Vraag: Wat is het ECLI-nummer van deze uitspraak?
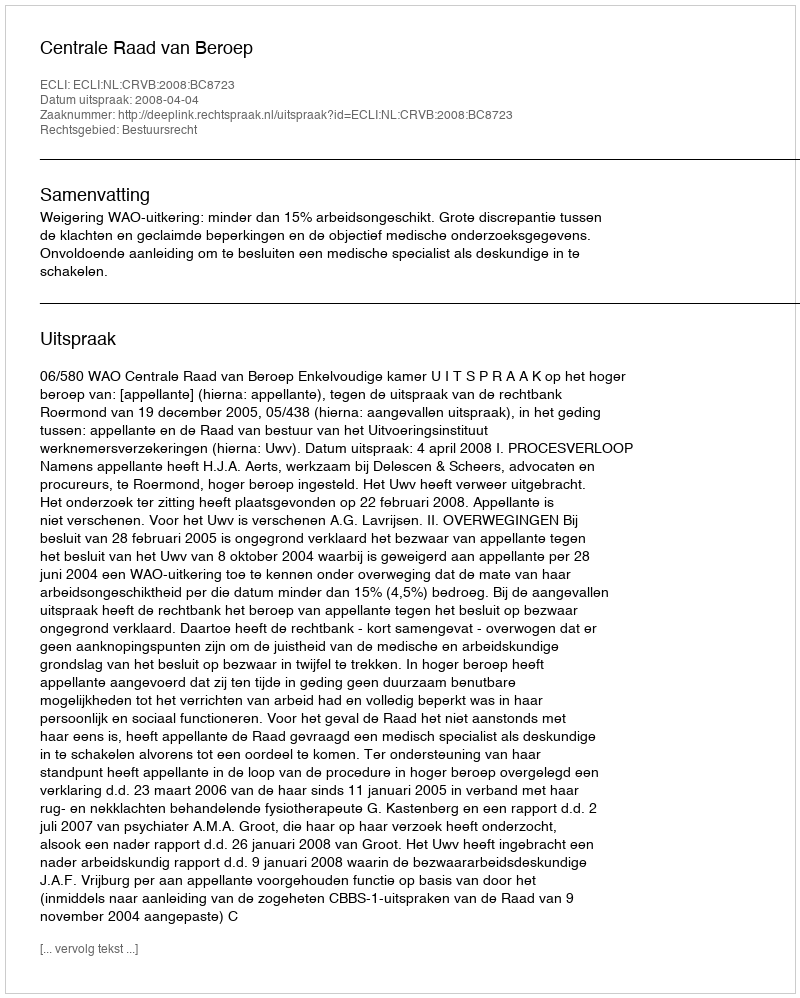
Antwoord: ECLI:NL:CRVB:2008:BC8723